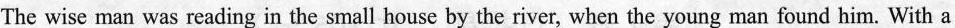
The wise man was reading in the small house by the river, when the young man found him. With a